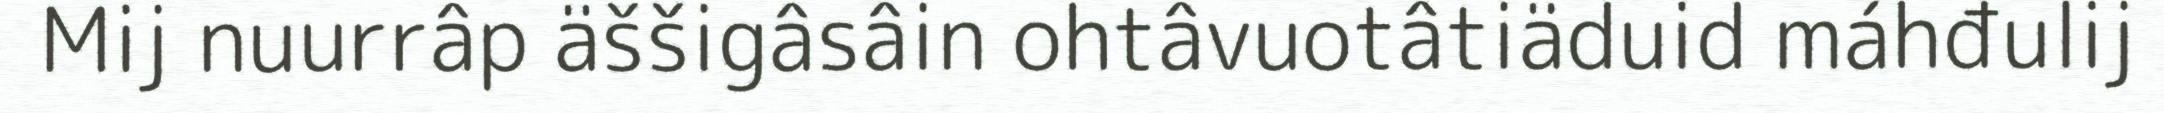
Mij nuurrâp äššigâsâin ohtâvuotâtiäduid máhđulij